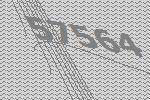
57564